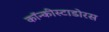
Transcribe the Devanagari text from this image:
कॉन्कीस्टाडोरस